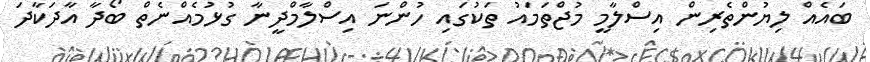
ބައެއް ލިޔުންތެރިން އިސްލާމީ މުޖްތަމައު ތަކުގައި ހުންނަ އިސްލާމްދީނާ ގުޅުމެއްނެތް ބޯދާ އާދަކާދަ